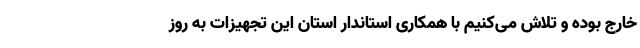
خارج بوده و تلاش می‌کنیم با همکاری استاندار استان این تجهیزات به روز